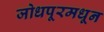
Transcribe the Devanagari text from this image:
जोधपूरमधून